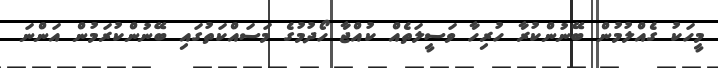
މީހަކު ގެއްލުމުން ބޭނުންކުރާ ހުރިހާ ވަސީލަތެއް ކުއްޖާ ހޯދުމުގެ މަސައްކަތުގައި ބޭނުންކުރަމުން އަންނަ